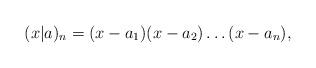
LaTeX: \begin{align*}(x|a)_n= (x-a_1)(x-a_2)\dots (x- a_{n}),\end{align*}